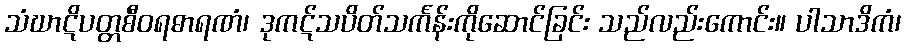
သံဃာဋိပတ္တစီဝရဓာရဏံ၊ ဒုကဋ်သပိတ်သင်္ကန်းကိုဆောင်ခြင်း သည်လည်းကောင်း။ ပါသာဒိကံ၊